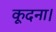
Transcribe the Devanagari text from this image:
कूदना।